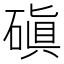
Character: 磌